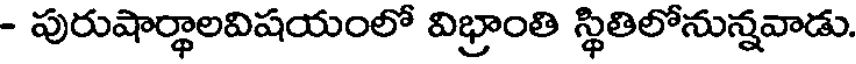
- పురుషార్థాలవిషయంలో విభ్రాంతి స్థితిలోనున్నవాడు.